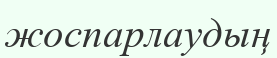
жоспарлаудың